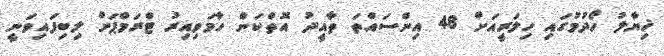
ޚިޔާލު ހޯދުމުގައި ހިލަރީއަށް 48 އިންސައްތަ ތާއީދު އޮތްކަން ހާމަވިއިރު ޓްރަމްޕަށް ލިބިފައިވަނީ